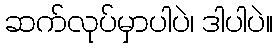
ဆက်လုပ်မှာပါပဲ၊ ဒါပါပဲ။